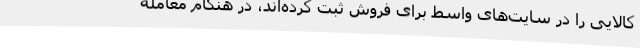
کالایی را در سایت‌های واسط برای فروش ثبت کرده‌اند، در هنگام معامله